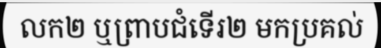
លក២ ឬព្រាបជំទើរ២ មកប្រគល់